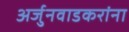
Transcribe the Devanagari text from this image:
अर्जुनवाडकरांना